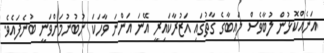
އަނެއްކޮޅުން ލުބާވެސް ލައިބާގެ ގާތުގައި އަޒުރާކައިރީ އޭނަ އަންނަ ވާހަކަ ނުބުނުމަށްވަނީ ބުނެފައެވެ.